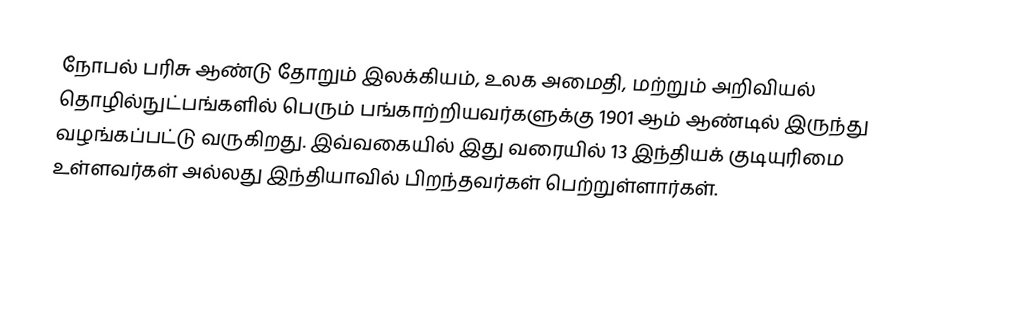
நோபல் பரிசு ஆண்டு தோறும் இலக்கியம், உலக அமைதி, மற்றும் அறிவியல் தொழில்நுட்பங்களில் பெரும் பங்காற்றியவர்களுக்கு 1901 ஆம் ஆண்டில் இருந்து வழங்கப்பட்டு வருகிறது. இவ்வகையில் இது வரையில் 13 இந்தியக் குடியுரிமை உள்ளவர்கள் அல்லது இந்தியாவில் பிறந்தவர்கள் பெற்றுள்ளார்கள்.